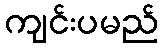
ကျင်းပမည်